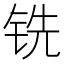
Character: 铣